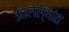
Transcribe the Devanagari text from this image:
झालेल्‍यांत